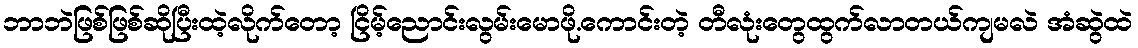
ဘာဘဲဖြစ်ဖြစ်ဆိုပြီးထဲ့လိုက်တော့ ငြိမ့်ညောင်းလွမ်းမောဖို.ကောင်းတဲ့ တီလုံးတွေထွက်လာတယ်ကျမလဲ အံဆွဲထဲ